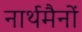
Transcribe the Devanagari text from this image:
नार्थमैनों